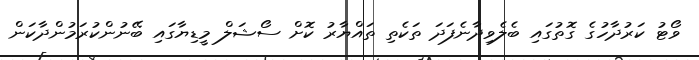
ވޯޓު ކަރުދާހުގެ ގޮތުގައި ބެލެވިދާނެފަދަ ތަކެތި ތައްޔާރު ކޮށް ސޯޝަލް މީޑިޔާގައި ބޭނުންކުރަމުންދާކަން